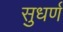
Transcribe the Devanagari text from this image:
सुधर्ण